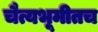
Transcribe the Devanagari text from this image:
चैत्यभूमीतच